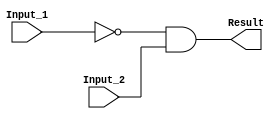
/******************************************************************************
 ** Logisim goes FPGA automatic generated Verilog code                       **
 **                                                                          **
 ** Component : AND_GATE                                                     **
 **                                                                          **
 ******************************************************************************/

`timescale 1ns/1ps
module AND_GATE( Input_1,
                 Input_2,
                 Result);

   /***************************************************************************
    ** Here all module parameters are defined with a dummy value             **
    ***************************************************************************/
   parameter BubblesMask = 1;


   /***************************************************************************
    ** Here the inputs are defined                                           **
    ***************************************************************************/
   input  Input_1;
   input  Input_2;

   /***************************************************************************
    ** Here the outputs are defined                                          **
    ***************************************************************************/
   output Result;

   /***************************************************************************
    ** Here the internal wires are defined                                   **
    ***************************************************************************/
   wire s_real_input_1;
   wire s_real_input_2;
   wire[1:0] s_signal_invert_mask;


   /***************************************************************************
    ** Here the bubbles are processed                                        **
    ***************************************************************************/
   assign s_signal_invert_mask = BubblesMask;
   assign s_real_input_1 = (s_signal_invert_mask[0]) ? ~Input_1: Input_1;
   assign s_real_input_2 = (s_signal_invert_mask[1]) ? ~Input_2: Input_2;

   /***************************************************************************
    ** Here the functionality is defined                                     **
    ***************************************************************************/
   assign Result = s_real_input_1 &
                   s_real_input_2;


endmodule